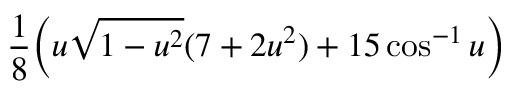
\frac { 1 } { 8 } \bigg ( u \sqrt { 1 - u ^ { 2 } } ( 7 + 2 u ^ { 2 } ) + 1 5 \cos ^ { - 1 } u \bigg )